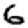
Digit: 6